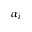
\alpha _ { i }